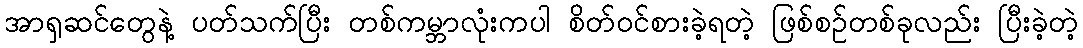
အာရှဆင်တွေနဲ့ ပတ်သက်ပြီး တစ်ကမ္ဘာလုံးကပါ စိတ်ဝင်စားခဲ့ရတဲ့ ဖြစ်စဉ်တစ်ခုလည်း ပြီးခဲ့တဲ့